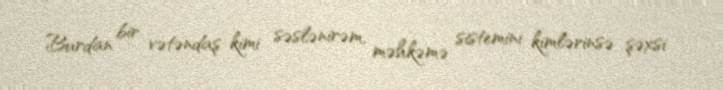
Burdan bir vətəndaş kimi səslənirəm, məhkəmə sistemini kimlərinsə şəxsi